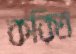
করিত